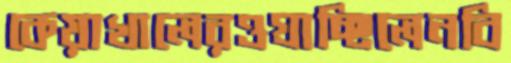
কেয়াখালেরওগ্‌রাচ্ছিলেনবি